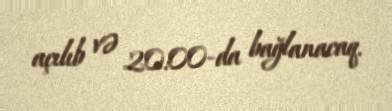
açılıb və 20:00-da bağlanacaq.